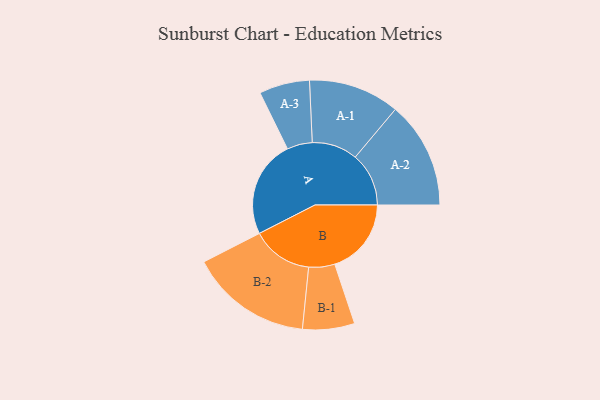
{"axis": {"x": "Segment", "y": "Value"}, "legend": ["", "A", "B"], "data": [{"x": "A", "y": 393, "type": ""}, {"x": "B", "y": 309, "type": ""}, {"x": "A-1", "y": 184, "type": "A"}, {"x": "A-2", "y": 216, "type": "A"}, {"x": "A-3", "y": 102, "type": "A"}, {"x": "B-1", "y": 105, "type": "B"}, {"x": "B-2", "y": 247, "type": "B"}]}